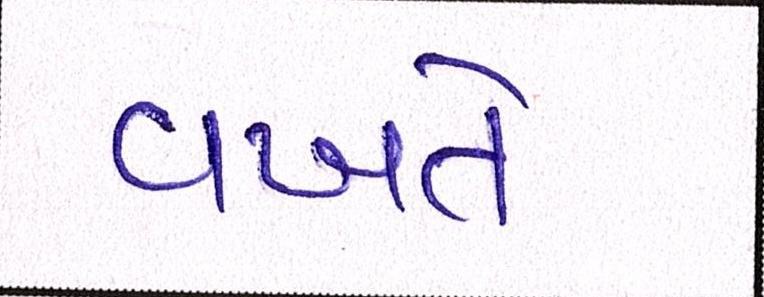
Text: વખતે